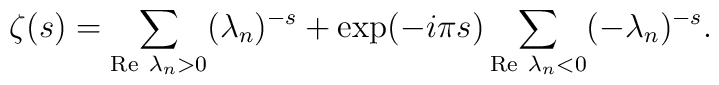
\zeta(s)=\sum_{{\rm Re}~\lambda_n>0} (\lambda_n)^{-s}+\exp(-i\pi s)\sum_{{\rm Re}~\lambda_n<0} (-\lambda_n)^{-s}.